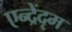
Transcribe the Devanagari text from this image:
एन्द्रेंदृम